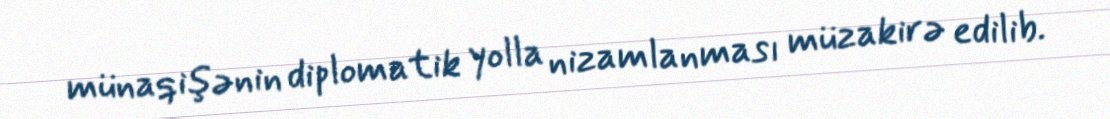
münaqişənin diplomatik yolla nizamlanması müzakirə edilib.